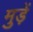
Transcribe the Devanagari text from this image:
मुड़ें